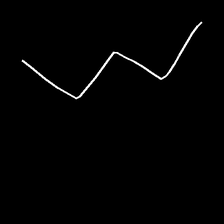
Glyph: crush